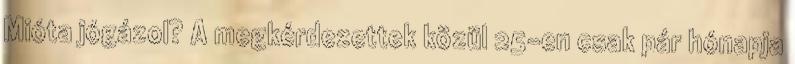
Mióta jógázol? A megkérdezettek közül 25-en csak pár hónapja